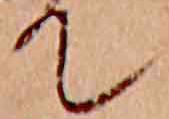
て